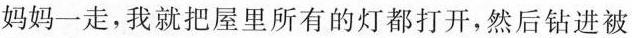
妈妈一走，我就把屋里所有的灯都打开，然后钻进被